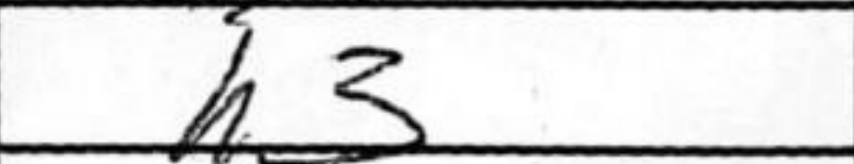
Transcription: h3